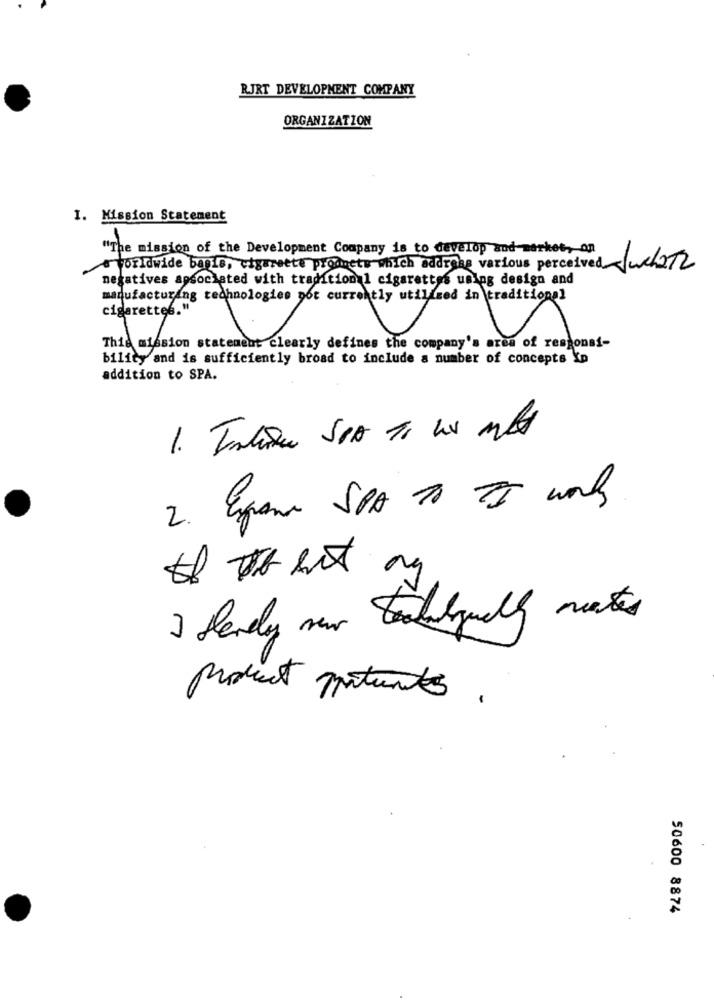
RJRT DEVELOPMENT COMPANY
ORGANIZATION
1. Mission Statement
"The mission of the Development Company is to develop and market, on
worldwide bagio, cigarette products which address various perceived /we/212
cigarettes."
Thie mission statement clearly defines the company's area of responsi-
bility and is sufficiently broad to include a number of concepts Io
addition to SPA.
2. Exand SPA TO TI work
I Levely new looklyually mates
product portunantes.
50600 8874